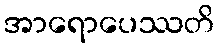
အာရောပေဿတိ